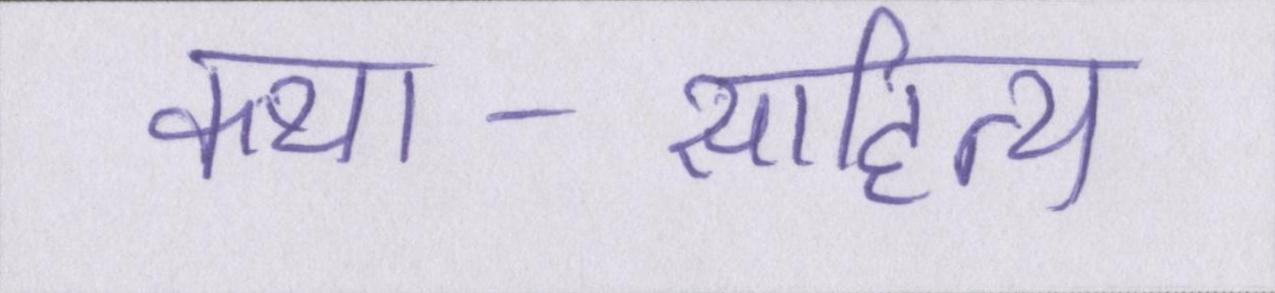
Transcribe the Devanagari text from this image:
कथा-साहित्य